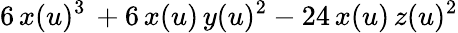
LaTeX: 6\, x(u)^{3}\, +6\, x(u)\, y(u)^{2}-24\, x(u)\, z(u)^{2}